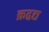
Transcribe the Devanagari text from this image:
क्रद्वद्य